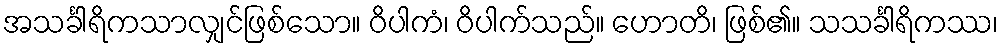
အသင်္ခါရိကသာလျှင်ဖြစ်သော။ ဝိပါကံ၊ ဝိပါက်သည်။ ဟောတိ၊ ဖြစ်၏။ သသင်္ခါရိကဿ၊